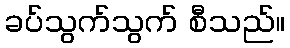
ခပ်သွက်သွက် စီသည်။